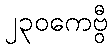
၂၃၀ကေဗွီ